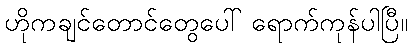
ဟိုကချင်တောင်တွေပေါ် ရောက်ကုန်ပါပြီ။